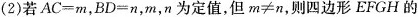
(2)若$$AC=m$$，$$BD=n$$，m，n为定值，但$$m\neq n$$，则四边形EFGH的